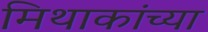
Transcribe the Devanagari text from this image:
मिथाकांच्या